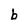
Character: b